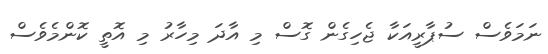
ނަމަވެސް ސުޕާރީއަކާ ޖެހިގެން ގޮސް މި އާދަ މިހާރު މި އޮތީ ކޮންމެވެސް